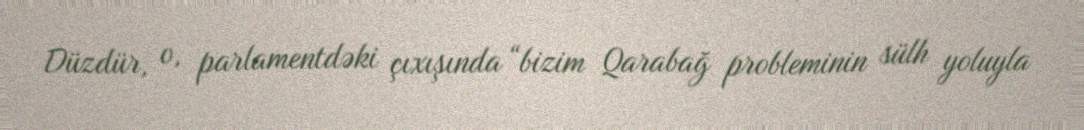
Düzdür, o, parlamentdəki çıxışında “bizim Qarabağ probleminin sülh yoluyla